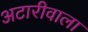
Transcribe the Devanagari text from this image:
अटारीवाला